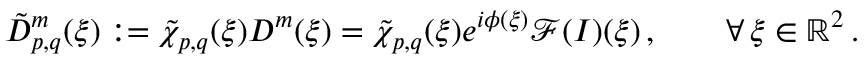
\tilde { D } _ { p , q } ^ { m } ( \boldsymbol { \xi } ) : = \tilde { \chi } _ { p , q } ( \boldsymbol { \xi } ) D ^ { m } ( \boldsymbol { \xi } ) = \tilde { \chi } _ { p , q } ( \boldsymbol { \xi } ) e ^ { i \phi ( \boldsymbol { \xi } ) } \mathcal { F } ( I ) ( \boldsymbol { \xi } ) \, , \qquad \forall \, \boldsymbol { \xi } \in \mathbb { R } ^ { 2 } \, .